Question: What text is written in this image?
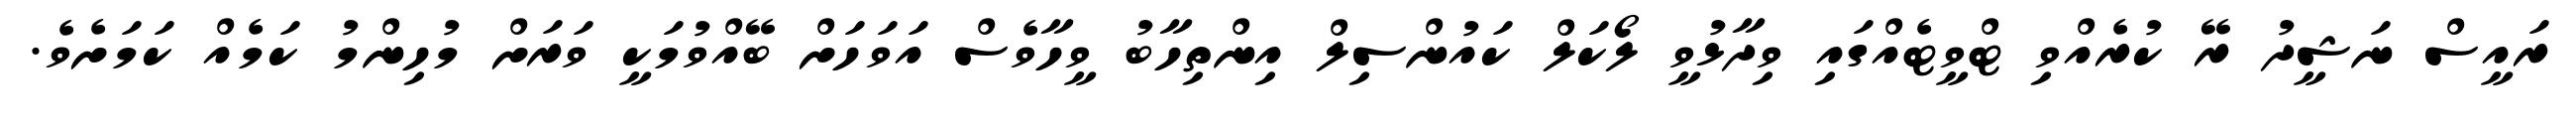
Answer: ރައީސް ނަޝީދު ރޭ ކުރެއްވި ޓްވީޓެއްގައި ވިދާޅުވީ ލޯކަލް ކައުންސިލް އިންތިހާބު ވީހާވެސް އަވަހަށް ބޭއްވުމަކީ ވަރަށް މުހިންމު ކަމެއް ކަމަށެވެ.